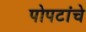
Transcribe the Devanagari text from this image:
पोपटांचे